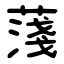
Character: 䔐